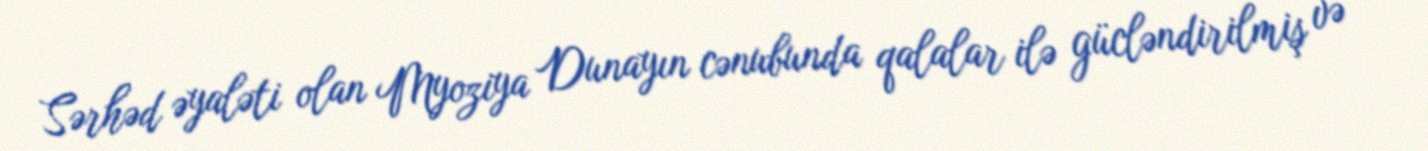
Sərhəd əyaləti olan Myoziya Dunayın cənubunda qalalar ilə gücləndirilmiş və